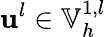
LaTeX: \mathbf{u}^{l}\in\mathbb{{V}}_{h}^{1,l}